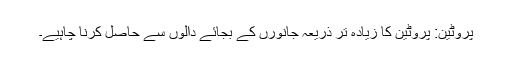
پروٹین: پروٹین کا زیادہ تر ذریعہ جانورں کے بجائے دالوں سے حاصل کرنا چاہیے۔